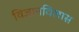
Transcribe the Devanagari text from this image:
विज्ञानविलास